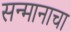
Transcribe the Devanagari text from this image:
सन्मानाचा